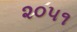
૨૦૫૧